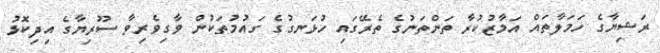
ރަޝިޔާގެ ހަމަލާތައް އަމާޒުކުރާ ތަންތަނުގެ ތެރޭގައި ހުޅަނގުގެ ގައުމުތަކުން ވާގިވެރިވާ ސޫރިޔާގެ އިދިކޮޅު